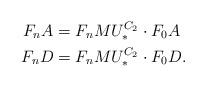
LaTeX: \begin{align*}F_nA & = F_nMU^{C_2}_* \cdot F_0A\\F_nD & = F_nMU^{C_2}_* \cdot F_0D.\end{align*}